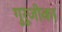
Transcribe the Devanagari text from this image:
गुरूजीका